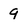
Character: 9